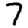
Digit: 7